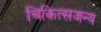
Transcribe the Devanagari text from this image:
चिकित्सजन्य